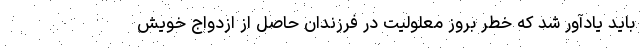
باید یادآور شد که خطر بروز معلولیت در فرزندان حاصل از ازدواج خویش